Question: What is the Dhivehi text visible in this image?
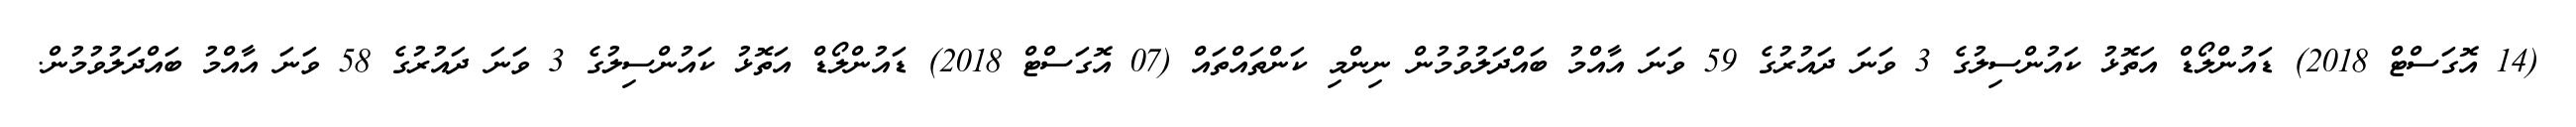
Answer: (14 އޮގަސްޓް 2018) ޑައުންލޯޑް އަތޮޅު ކައުންސިލުގެ 3 ވަނަ ދައުރުގެ 59 ވަނަ އާއްމު ބައްދަލުވުމުން ނިންމި ކަންތައްތައް (07 އޮގަސްޓް 2018) ޑައުންލޯޑް އަތޮޅު ކައުންސިލުގެ 3 ވަނަ ދައުރުގެ 58 ވަނަ އާއްމު ބައްދަލުވުމުން.